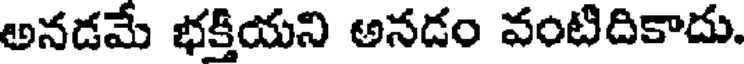
అనడమే భక్తియని అనడం వంటిదికాదు.